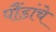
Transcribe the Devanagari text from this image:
पौंडांचे